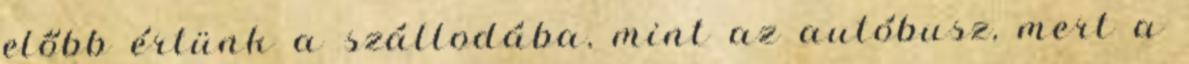
előbb értünk a szállodába, mint az autóbusz, mert a